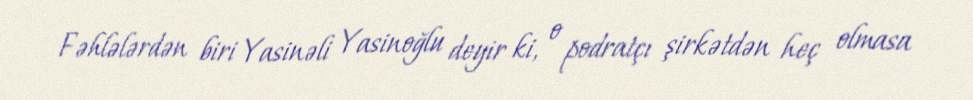
Fəhlələrdən biri Yasinəli Yasinoğlu deyir ki, o podratçı şirkətdən heç olmasa